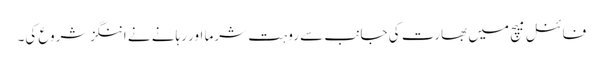
فائنل میچ میں بھارت کی جانب سے روہت شرما اور رہانے نے اننگز شروع کی۔